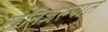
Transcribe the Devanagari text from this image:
खनिजरुपात